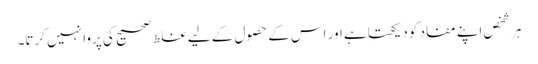
ہر شخص اپنے مفاد کو دیکھتا ہے اور اس کے حصول کے لیے غلط صحیح کی پروا نہیں کرتا۔